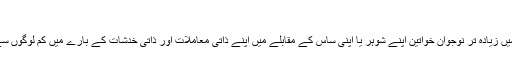
‘
انڈیا کے دیہاتوں میں زیادہ تر نوجوان خواتین اپنے شوہر یا اپنی ساس کے مقابلے میں اپنے ذاتی معاملات اور ذاتی خدشات کے بارے میں کم لوگوں سے باتیں کرتی ہیں۔